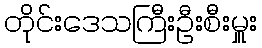
တိုင်းဒေသကြီးဦးစီးမှူး